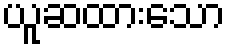
ယူဆထားသော